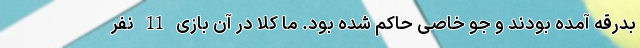
بدرقه آمده بودند و جو خاصی حاکم شده بود. ما کلاً در آن بازی 11 نفر